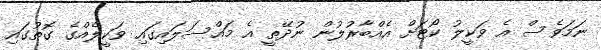
ނަމަވެސް އެ ވަކީލު ކޯޓަށް އެއްބާރުލުން ނުދޭތީ އެ މައްސަލައިގައި ވަކީލެއްގެ ގޮތުގައި